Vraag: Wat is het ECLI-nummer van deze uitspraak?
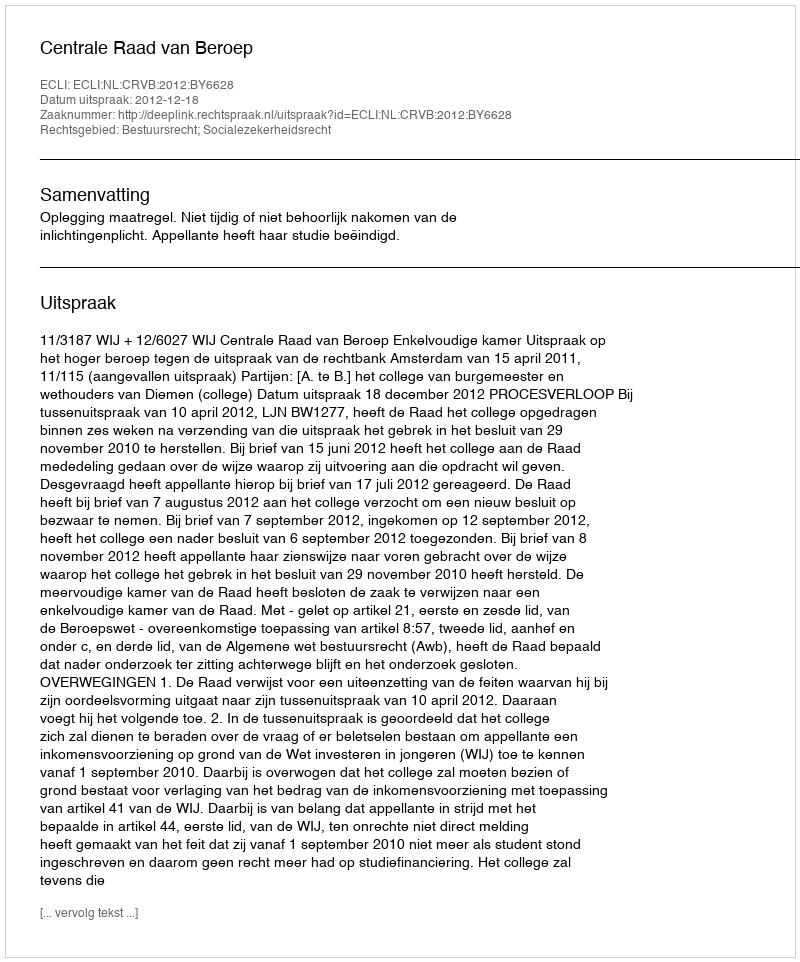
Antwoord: ECLI:NL:CRVB:2012:BY6628